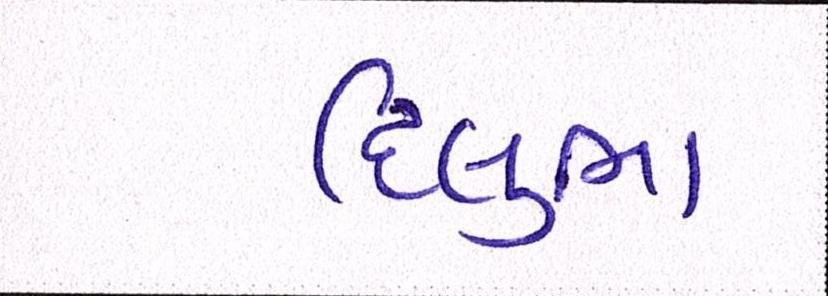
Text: દિલુભા